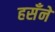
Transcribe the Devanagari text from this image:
हसँने